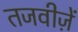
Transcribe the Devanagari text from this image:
तजवीज़ें